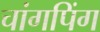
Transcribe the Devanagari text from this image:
चांगपिंग